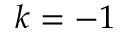
k = - 1